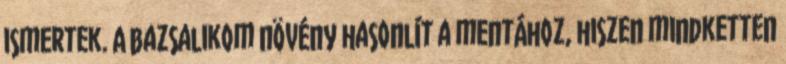
ismertek. A bazsalikom növény hasonlít a mentához, hiszen mindketten